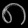
Digit: ၈